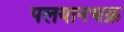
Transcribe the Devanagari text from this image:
पलयानचक्र